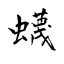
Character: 蠛